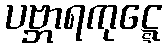
ပဗ္ဘာရကုဋ္ဋေ